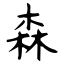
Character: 森